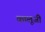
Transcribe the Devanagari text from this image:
कालूजी